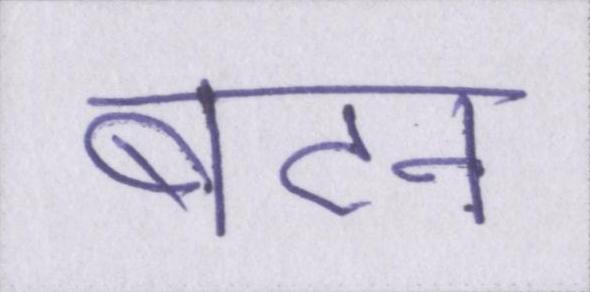
बटन